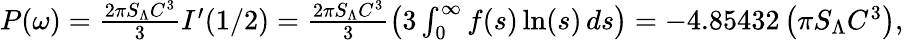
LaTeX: \begin{array}{r}{P(\omega)=\frac{2\pi S_{\Lambda}C^{3}}{3}I^{\prime}(1/2)=\frac{2\pi S_{\Lambda}C^{3}}{3}\left(3\int_{0}^{\infty}f(s)\ln(s)\, ds\right)=-4.85432\left(\pi S_{\Lambda}C^{3}\right),}\end{array}